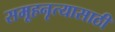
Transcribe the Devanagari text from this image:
समूहनृत्यासाठी